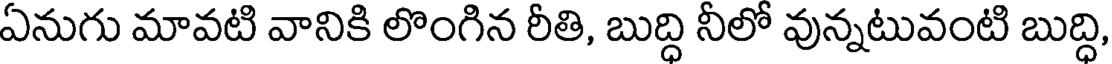
ఏనుగు మావటి వానికి లొంగిన రీతి, బుద్ధి నీలో వున్నటువంటి బుద్ధి